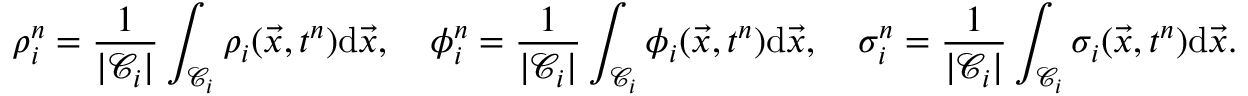
\rho _ { i } ^ { n } = \frac { 1 } { | \mathcal { C } _ { i } | } \int _ { \mathcal { C } _ { i } } \rho _ { i } ( \vec { x } , t ^ { n } ) \mathrm { d } \vec { x } , \quad \phi _ { i } ^ { n } = \frac { 1 } { | \mathcal { C } _ { i } | } \int _ { \mathcal { C } _ { i } } \phi _ { i } ( \vec { x } , t ^ { n } ) \mathrm { d } \vec { x } , \quad \sigma _ { i } ^ { n } = \frac { 1 } { | \mathcal { C } _ { i } | } \int _ { \mathcal { C } _ { i } } \sigma _ { i } ( \vec { x } , t ^ { n } ) \mathrm { d } \vec { x } .